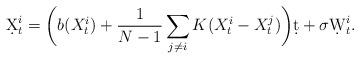
LaTeX: \begin{align*}\d X_t^i = \bigg(b(X_t^i) + \frac1{N-1}\sum_{j\neq i}K(X_t^i-X_t^j)\bigg)\d t + \sigma\d W_t^i.\end{align*}